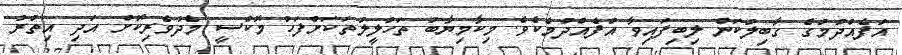
އުފެއްދުމުގެ ގާބިލުކަން ލިބިފައިވާ އުފެއްދުމެކެވެ. މިކާމިޔާބު ތަހުލީލުތަކަށްފަހު މޮކްސީ މެދުވެރިކޮށް އަދި އިތުރު